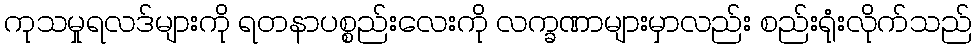
ကုသမှုရလဒ်များကို ရတနာပစ္စည်းလေးကို လက္ခဏာများမှာလည်း စည်းရုံးလိုက်သည်